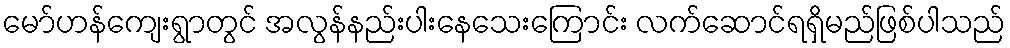
မော်ဟန်ကျေးရွာတွင် အလွန်နည်းပါးနေသေးကြောင်း လက်ဆောင်ရရှိမည်ဖြစ်ပါသည်